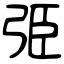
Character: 弫